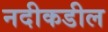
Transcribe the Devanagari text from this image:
नदीकडील